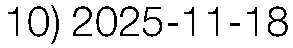
10) 2025-11-18